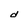
Character: d